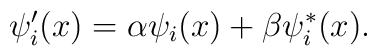
\psi'_i(x)=\alpha \psi_i(x)+\beta \psi_i^*(x).